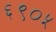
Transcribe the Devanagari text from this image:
६९०५